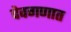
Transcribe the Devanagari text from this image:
देवगणात